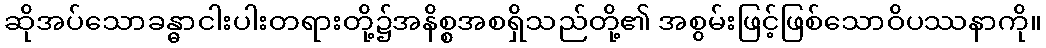
ဆိုအပ်သောခန္ဓာငါးပါးတရားတို့၌အနိစ္စအစရှိသည်တို့၏ အစွမ်းဖြင့်ဖြစ်သောဝိပဿနာကို။